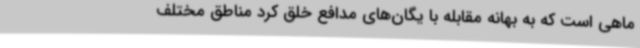
ماهی است که به بهانه مقابله با یگان‌های مدافع خلق کرد مناطق مختلف